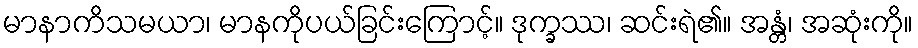
မာနာကိသမယာ၊ မာနကိုပယ်ခြင်းကြောင့်။ ဒုက္ခဿ၊ ဆင်းရဲ၏။ အန္တံ၊ အဆုံးကို။